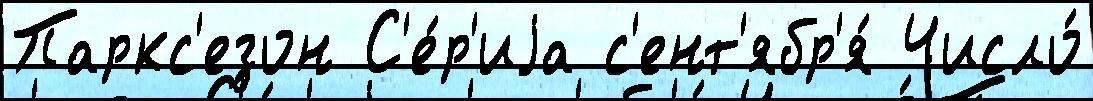
Паркс'езон С'е́р'иjа с'ент'ябр'я́ Число́